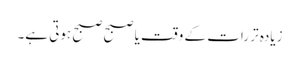
زیادہ تر رات کے وقت یا صبح صبح ہوتی ہے۔